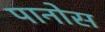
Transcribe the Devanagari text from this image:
पानोस